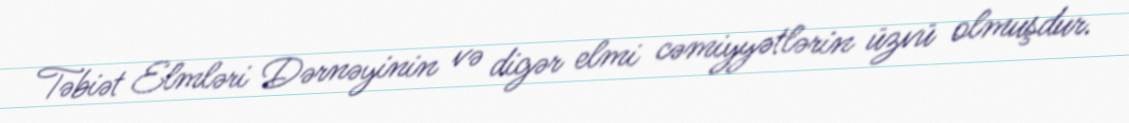
Təbiət Elmləri Dərnəyinin və digər elmi cəmiyyətlərin üzvü olmuşdur.